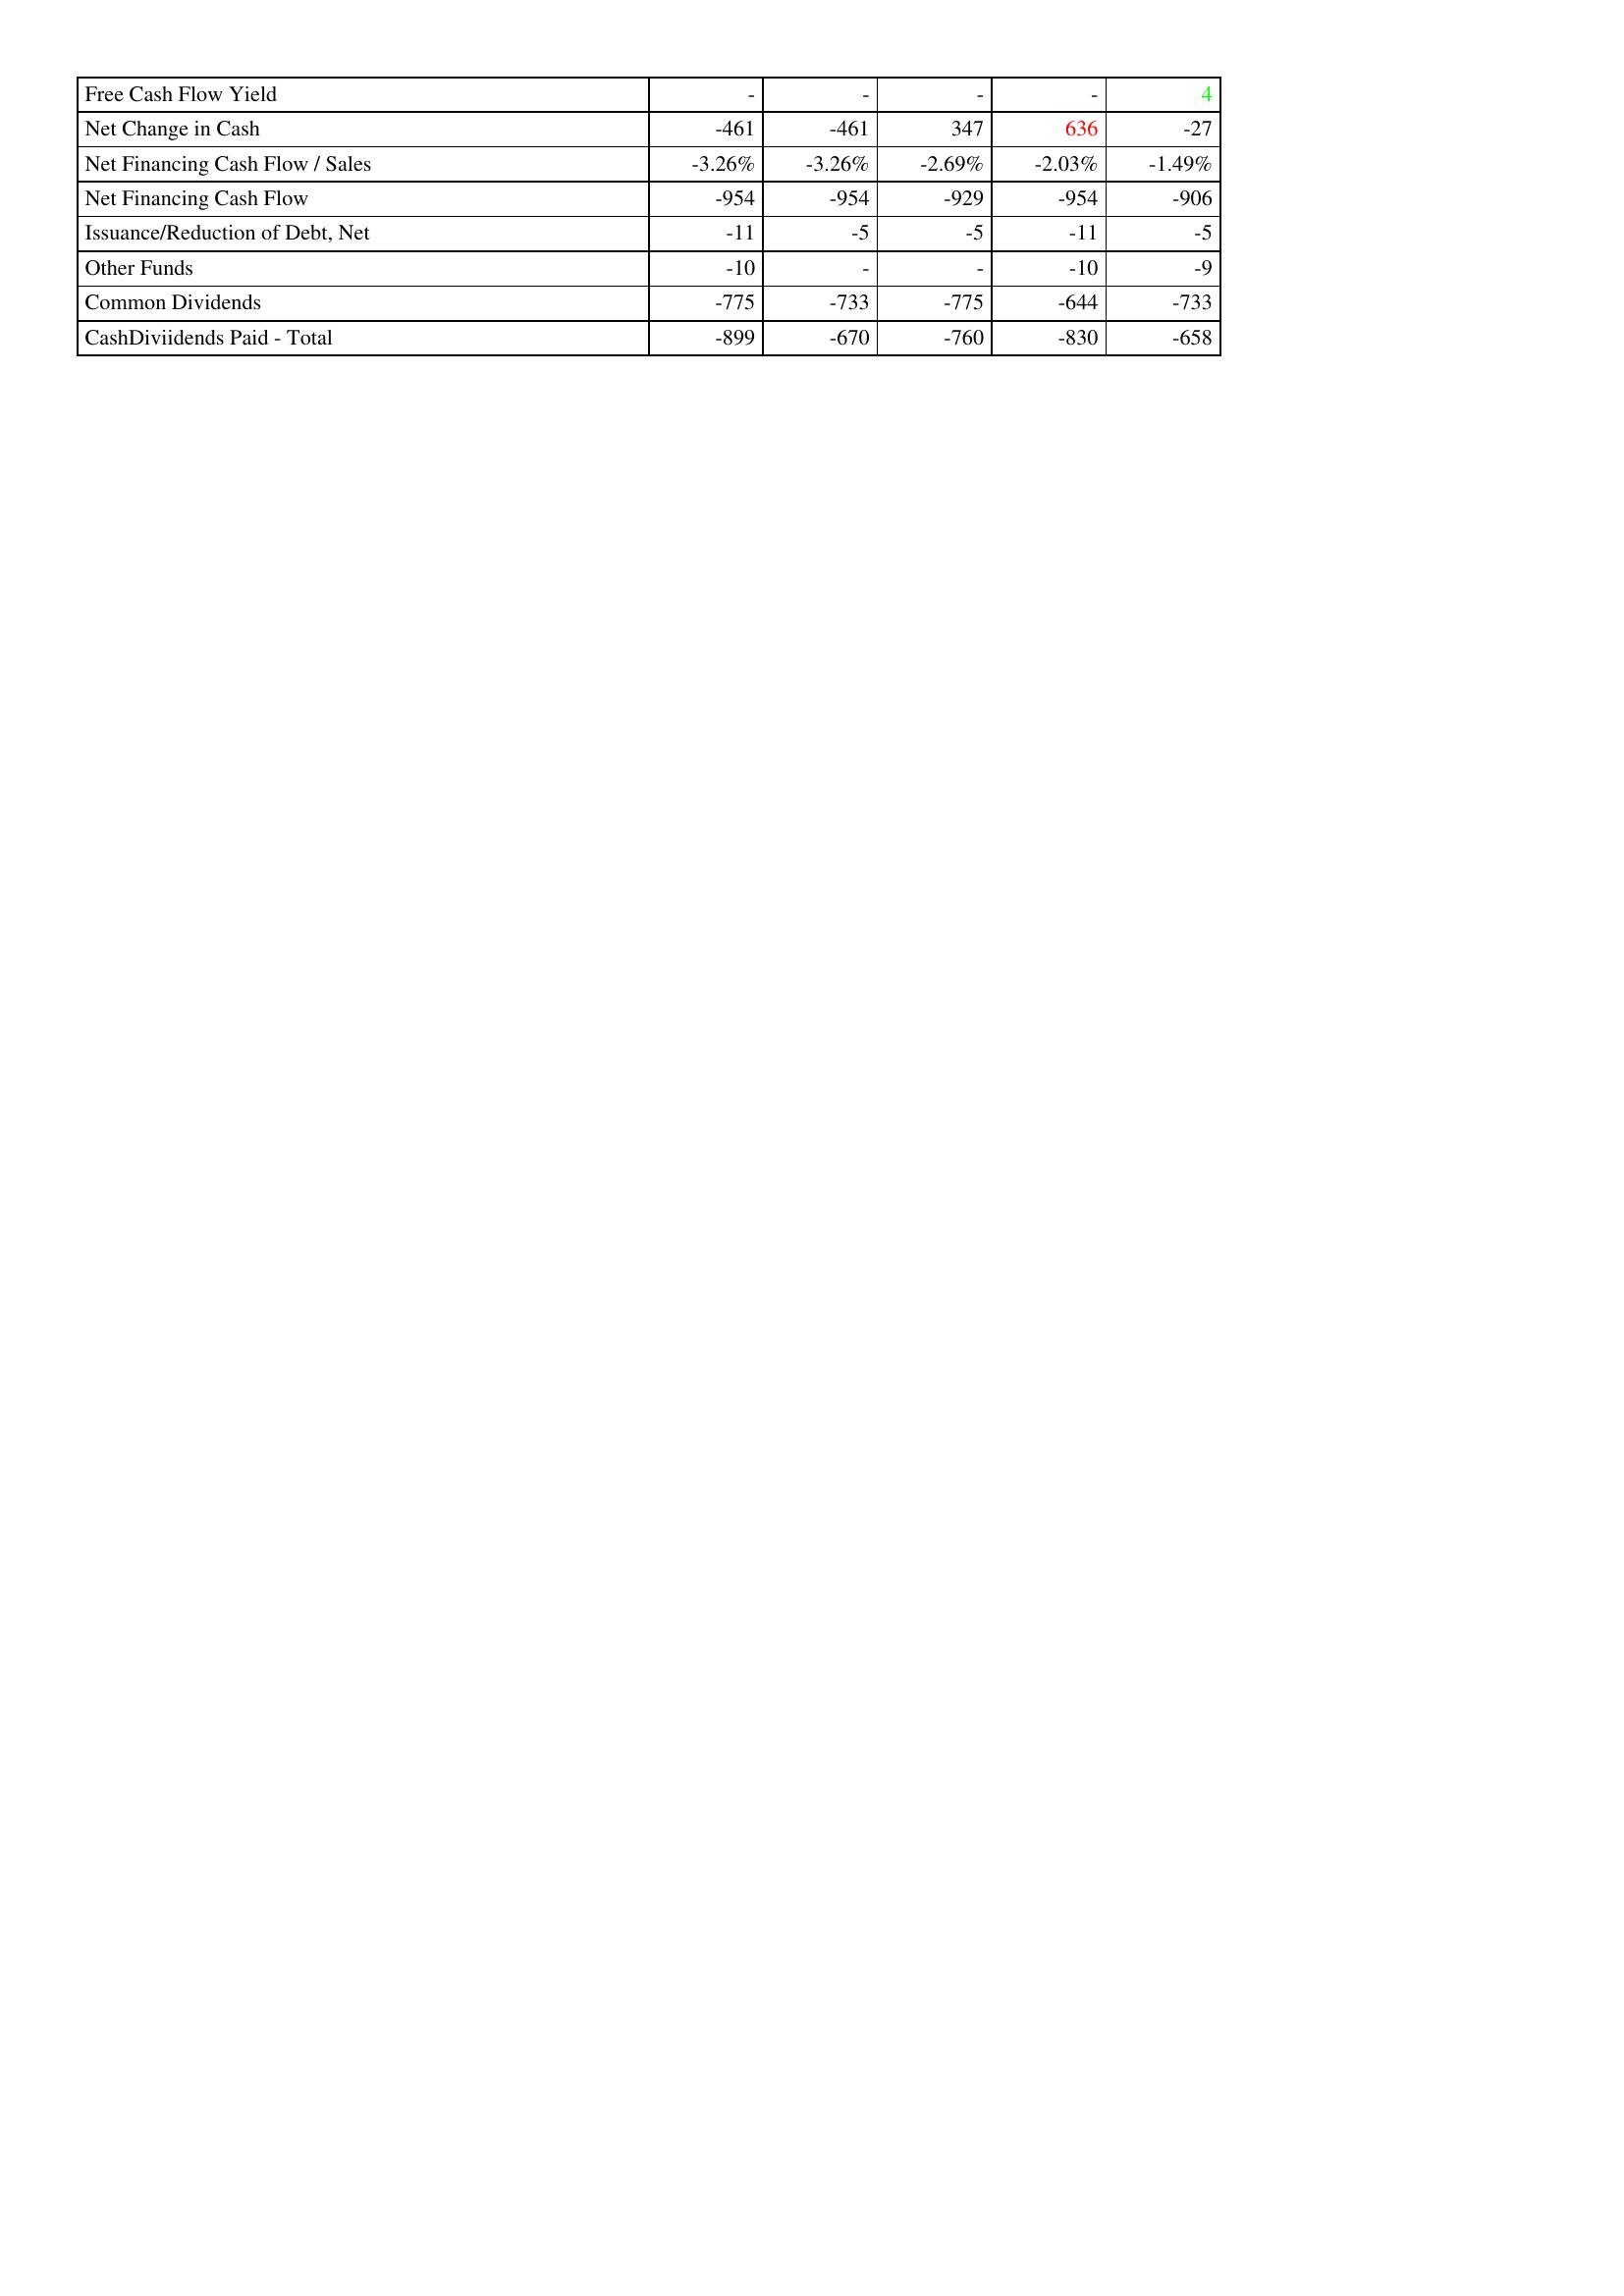
gt_parse: 2018: Financing Activities: Free Cash Flow Yield: -
Net Change in Cash: -461
Net Financing Cash Flow / Sales: -3.26%
Net Financing Cash Flow: -954
Issuance/Reduction of Debt, Net: -11
Other Funds: -10
Common Dividends: -775
CashDiviidends Paid - Total: -899
2017: Financing Activities: Free Cash Flow Yield: -
Net Change in Cash: -461
Net Financing Cash Flow / Sales: -3.26%
Net Financing Cash Flow: -954
Issuance/Reduction of Debt, Net: -5
Other Funds: -
Common Dividends: -733
CashDiviidends Paid - Total: -670
2016: Financing Activities: Free Cash Flow Yield: -
Net Change in Cash: 347
Net Financing Cash Flow / Sales: -2.69%
Net Financing Cash Flow: -929
Issuance/Reduction of Debt, Net: -5
Other Funds: -
Common Dividends: -775
CashDiviidends Paid - Total: -760
2015: Financing Activities: Free Cash Flow Yield: -
Net Change in Cash: 636
Net Financing Cash Flow / Sales: -2.03%
Net Financing Cash Flow: -954
Issuance/Reduction of Debt, Net: -11
Other Funds: -10
Common Dividends: -644
CashDiviidends Paid - Total: -830
2014: Financing Activities: Free Cash Flow Yield: 4
Net Change in Cash: -27
Net Financing Cash Flow / Sales: -1.49%
Net Financing Cash Flow: -906
Issuance/Reduction of Debt, Net: -5
Other Funds: -9
Common Dividends: -733
CashDiviidends Paid - Total: -658